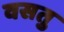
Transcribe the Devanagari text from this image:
वसतु